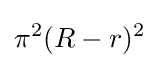
\pi ^{2}(R-r)^{2}